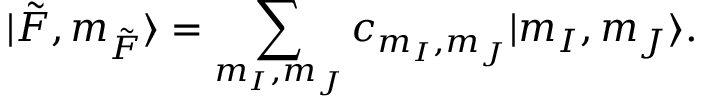
\lvert \Tilde { F } , m _ { \Tilde { F } } \rangle = \sum _ { m _ { I } , m _ { J } } c _ { m _ { I } , m _ { J } } \lvert m _ { I } , m _ { J } \rangle .